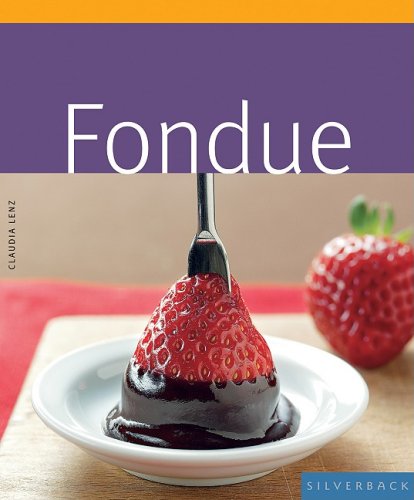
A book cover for Fondue (Quick & Easy); Claudia Lenz; Cookbooks, Food & Wine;